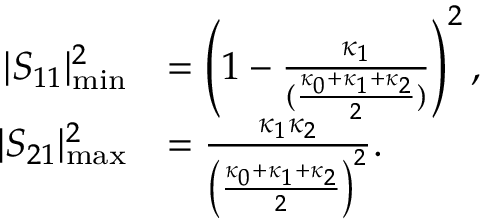
\begin{array} { r l } { | S _ { 1 1 } | _ { \mathrm { m i n } } ^ { 2 } } & { = \left( 1 - \frac { \kappa _ { 1 } } { ( \frac { \kappa _ { 0 } + \kappa _ { 1 } + \kappa _ { 2 } } { 2 } ) } \right) ^ { 2 } , } \\ { | S _ { 2 1 } | _ { \mathrm { m a x } } ^ { 2 } } & { = \frac { \kappa _ { 1 } \kappa _ { 2 } } { \left( \frac { \kappa _ { 0 } + \kappa _ { 1 } + \kappa _ { 2 } } { 2 } \right) ^ { 2 } } . } \end{array}